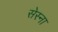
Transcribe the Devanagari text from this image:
सेस्ना